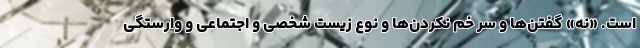
است. «نه» گفتن‌ها و سر خم نکردن‌ها و نوع زیست شخصی و اجتماعی و وارستگی